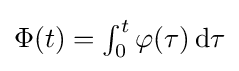
{\textstyle \Phi (t)=\int _{0}^{t}\varphi (\tau )\,\mathrm {d} \tau }